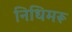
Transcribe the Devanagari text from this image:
निधिमरू